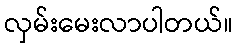
လှမ်းမေးလာပါတယ်။